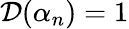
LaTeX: \mathcal{D}(\alpha_{n})=1